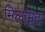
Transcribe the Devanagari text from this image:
मिलामूवा